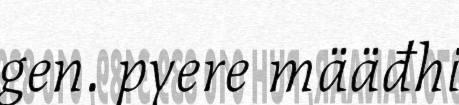
gen. pyere määđhi